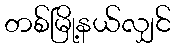
တစ်မြို့နယ်လျှင်